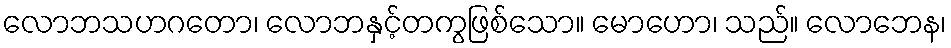
လောဘသဟဂတော၊ လောဘနှင့်တကွဖြစ်သော။ မောဟော၊ သည်။ လောဘေန၊